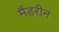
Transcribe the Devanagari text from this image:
मैंडरीन